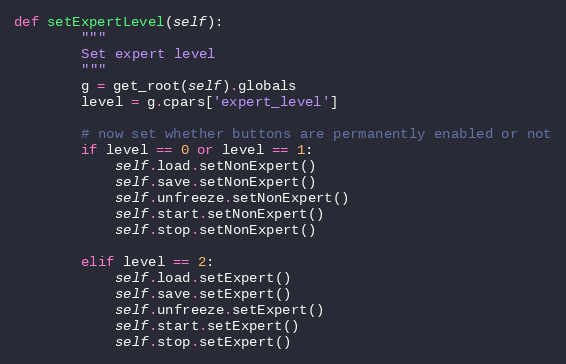
Language: Python
def setExpertLevel(self):
        """
        Set expert level
        """
        g = get_root(self).globals
        level = g.cpars['expert_level']

        # now set whether buttons are permanently enabled or not
        if level == 0 or level == 1:
            self.load.setNonExpert()
            self.save.setNonExpert()
            self.unfreeze.setNonExpert()
            self.start.setNonExpert()
            self.stop.setNonExpert()

        elif level == 2:
            self.load.setExpert()
            self.save.setExpert()
            self.unfreeze.setExpert()
            self.start.setExpert()
            self.stop.setExpert()